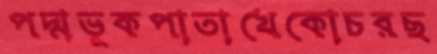
পদ্মভূকপাতাখেকোচরছ